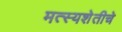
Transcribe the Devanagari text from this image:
मत्स्यशेतीचे